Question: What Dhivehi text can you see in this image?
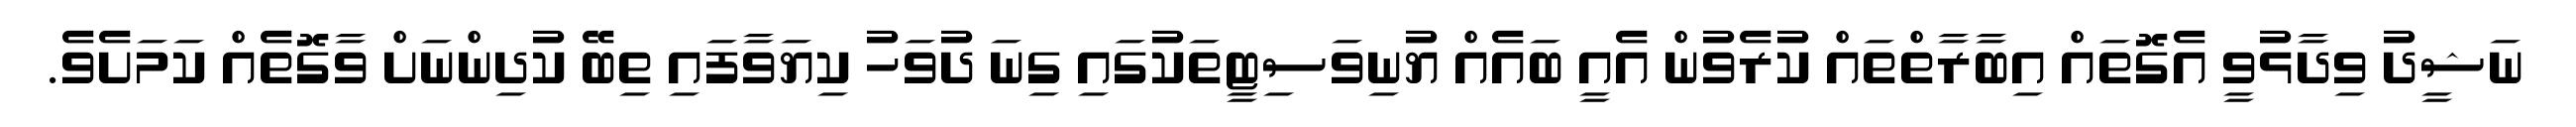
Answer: ނަޝީދު ވިދާޅުވީ އެގޮތައް އިބާރާތްތައް ކުރެވުން އެއީ ބައެއް ޔުނިވަސިޓީތަކުގައި ގިނަ ދުވަހު ކިޔަވާފައި ތިބޭ ކުދިންނަށް ވާގޮތެއް ކަމަށެވެ.